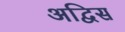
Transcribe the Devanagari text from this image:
अद्विस